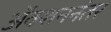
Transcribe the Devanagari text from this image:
अॅक्शननंतर